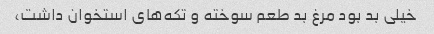
خیلی بد بود مرغ بد طعم سوخته و تکه‌های استخوان داشت،